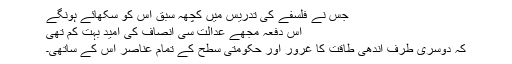
جس نے فلسفے کی تدریس میں کچھہ سبق اس کو سکھائے ہونگے
اس دفعہ مجھے عدالت سی انصاف کی امید بہت کم تھی
کہ دوسری طرف اندھی طاقت کا غرور اور حکومتی سطح کے تمام عناصر اس کے ساتھی۔